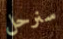
سنرحل